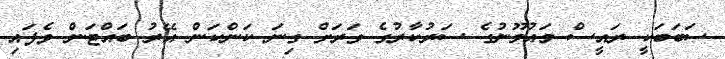
ސަބަބަކީ ރައީސް މައުމޫނުގެ ސަރުކާރުގެ ވަރަށް ގިނަ ކަންކަން އޭރު ބައްޓަން ވެފައި